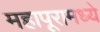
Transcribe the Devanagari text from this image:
महापूरामध्ये